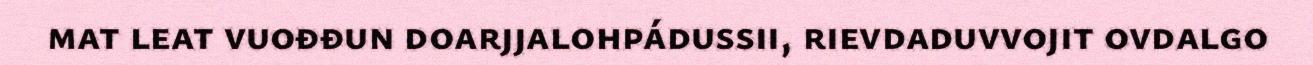
mat leat vuođđun doarjjalohpádussii, rievdaduvvojit ovdalgo